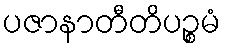
ပဇာနာတီတိပဉ္စမံ